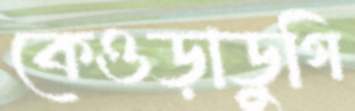
কেওড়াডুগি